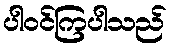
ပါဝင်ကြပါသည်